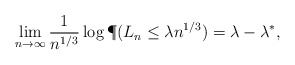
\begin{align*} \lim_{n \to \infty} \frac{1}{n^{1/3}} \log \P(L_n \leq \lambda n^{1/3}) = \lambda - \lambda^*,\end{align*}